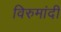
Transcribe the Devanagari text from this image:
विरुमांदी